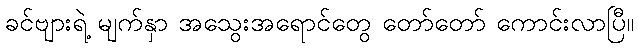
ခင်ဗျားရဲ့ မျက်နှာ အသွေးအရောင်တွေ တော်တော် ကောင်းလာပြီ။